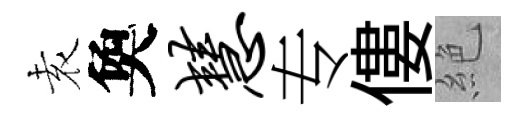
𡊮奐慧专僂絶